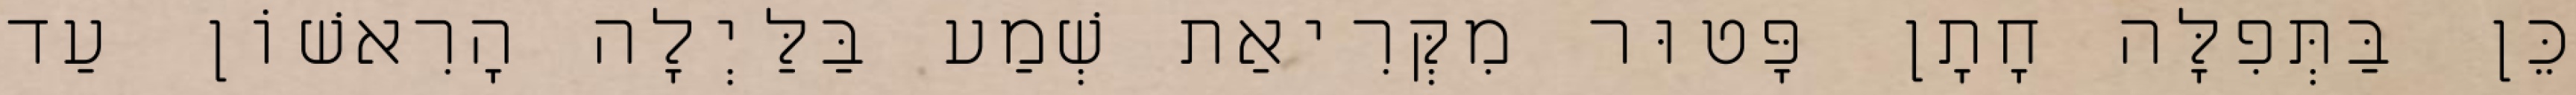
כֵּן בַּתְּפִלָּה חָתָן פָּטוּר מִקְּרִיאַת שְׁמַע בַּלַּיְלָה הָרִאשׁוֹן עַד